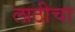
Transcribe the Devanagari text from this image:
लाठीचा